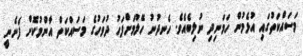
މަސައްކަތުގައި އުޅެމުން ހަމަނިދި ނުލިބެއެވެ. ހެނދުނު ހޭލުމަށްފަހު ދުވަހުގެ މަސައްކަތް އާންމުކޮށް ފެށެނީ